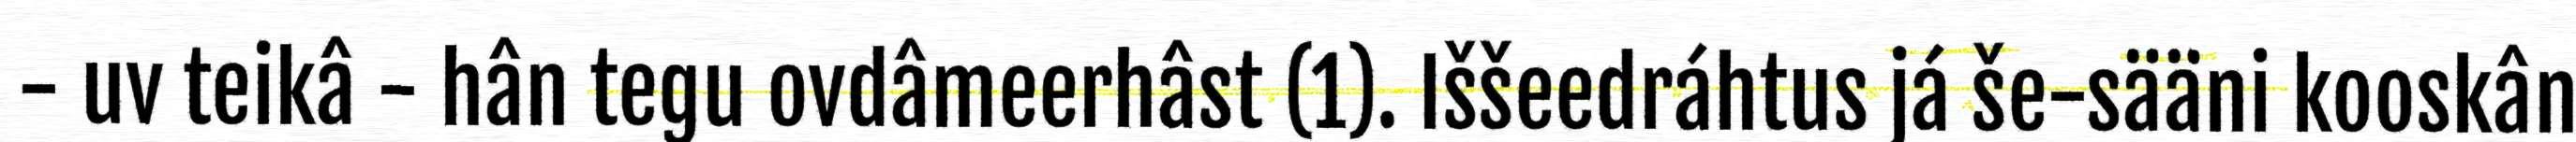
- uv teikâ - hân tegu ovdâmeerhâst (1). Iššeedráhtus já še-sääni kooskân